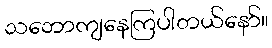
သဘောကျနေကြပါတယ်နော်။